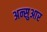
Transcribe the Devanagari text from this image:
अन्सुआर